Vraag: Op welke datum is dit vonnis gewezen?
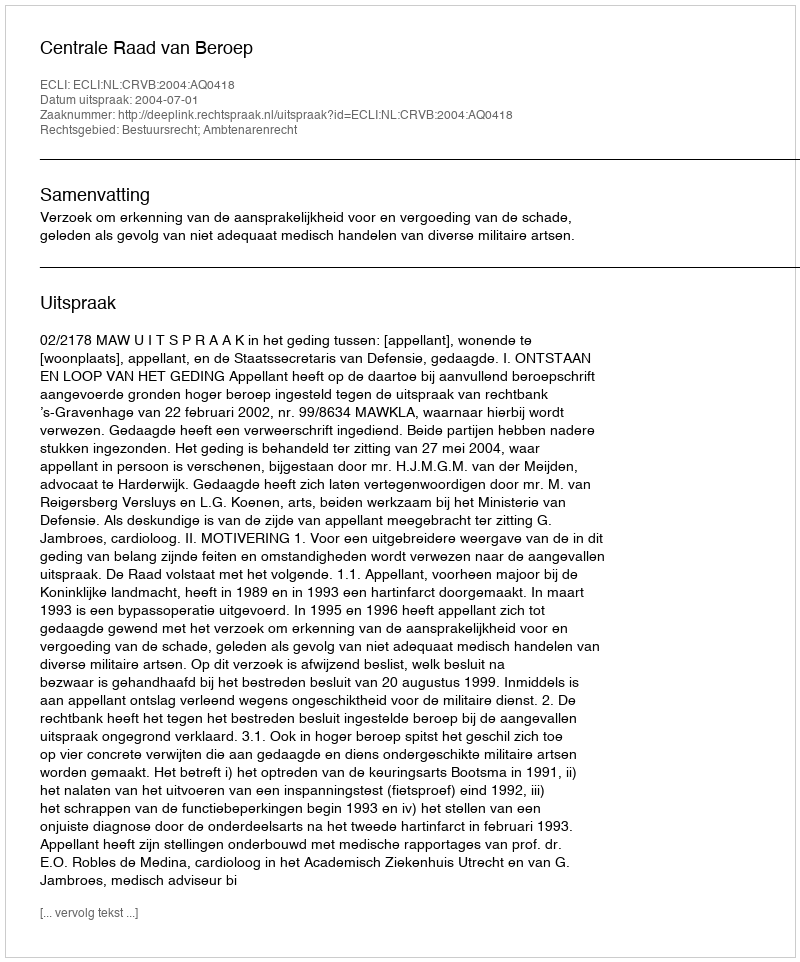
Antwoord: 2004-07-01